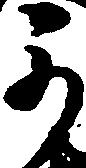
可